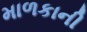
માળકાની